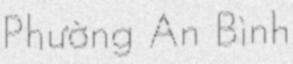
Phường An Bình